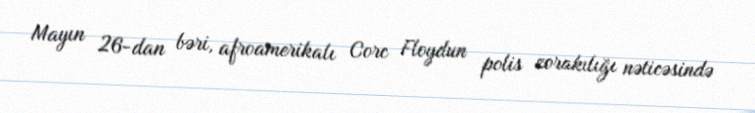
Mayın 26-dan bəri, afroamerikalı Corc Floydun polis zorakılığı nəticəsində